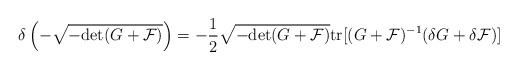
LaTeX: \begin{align*}\delta \left(-\sqrt{-{\rm det} (G + {\cal F})}\right) = - {1\over 2} \sqrt{-{\rm det} (G +{\cal F})} {\rm tr} [(G + {\cal F})^{-1} (\delta G + \delta {\cal F})]\end{align*}